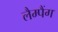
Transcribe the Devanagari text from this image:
लैम्पैंग